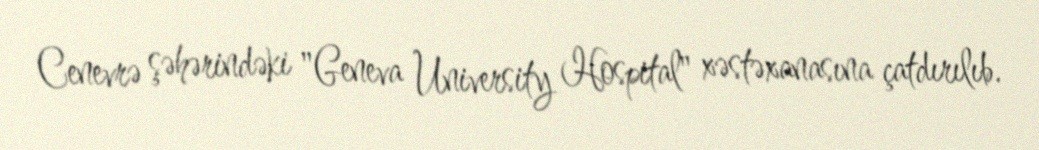
Cenevrə şəhərindəki "Geneva University Hospital" xəstəxanasına çatdırılıb.